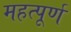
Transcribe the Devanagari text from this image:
महत्‍पूर्ण